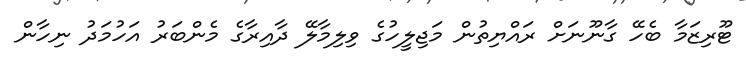
ޓޫރިޒަމާ ބެހޭ ގާނޫނަށް ރައްޔިތުން މަޖިލީހުގެ ވިލިމާލޭ ދާއިރާގެ މެންބަރު އަހުމަދު ނިހާން